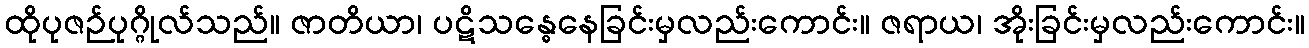
ထိုပုဇဉ်ပုဂ္ဂိုလ်သည်။ ဇာတိယာ၊ ပဋိသန္ဓေနေခြင်းမှလည်းကောင်း။ ဇရာယ၊ အိုးခြင်းမှလည်းကောင်း။